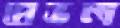
প্রেভল